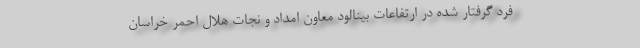
فرد گرفتار شده در ارتفاعات بینالود معاون امداد و نجات هلال احمر خراسان